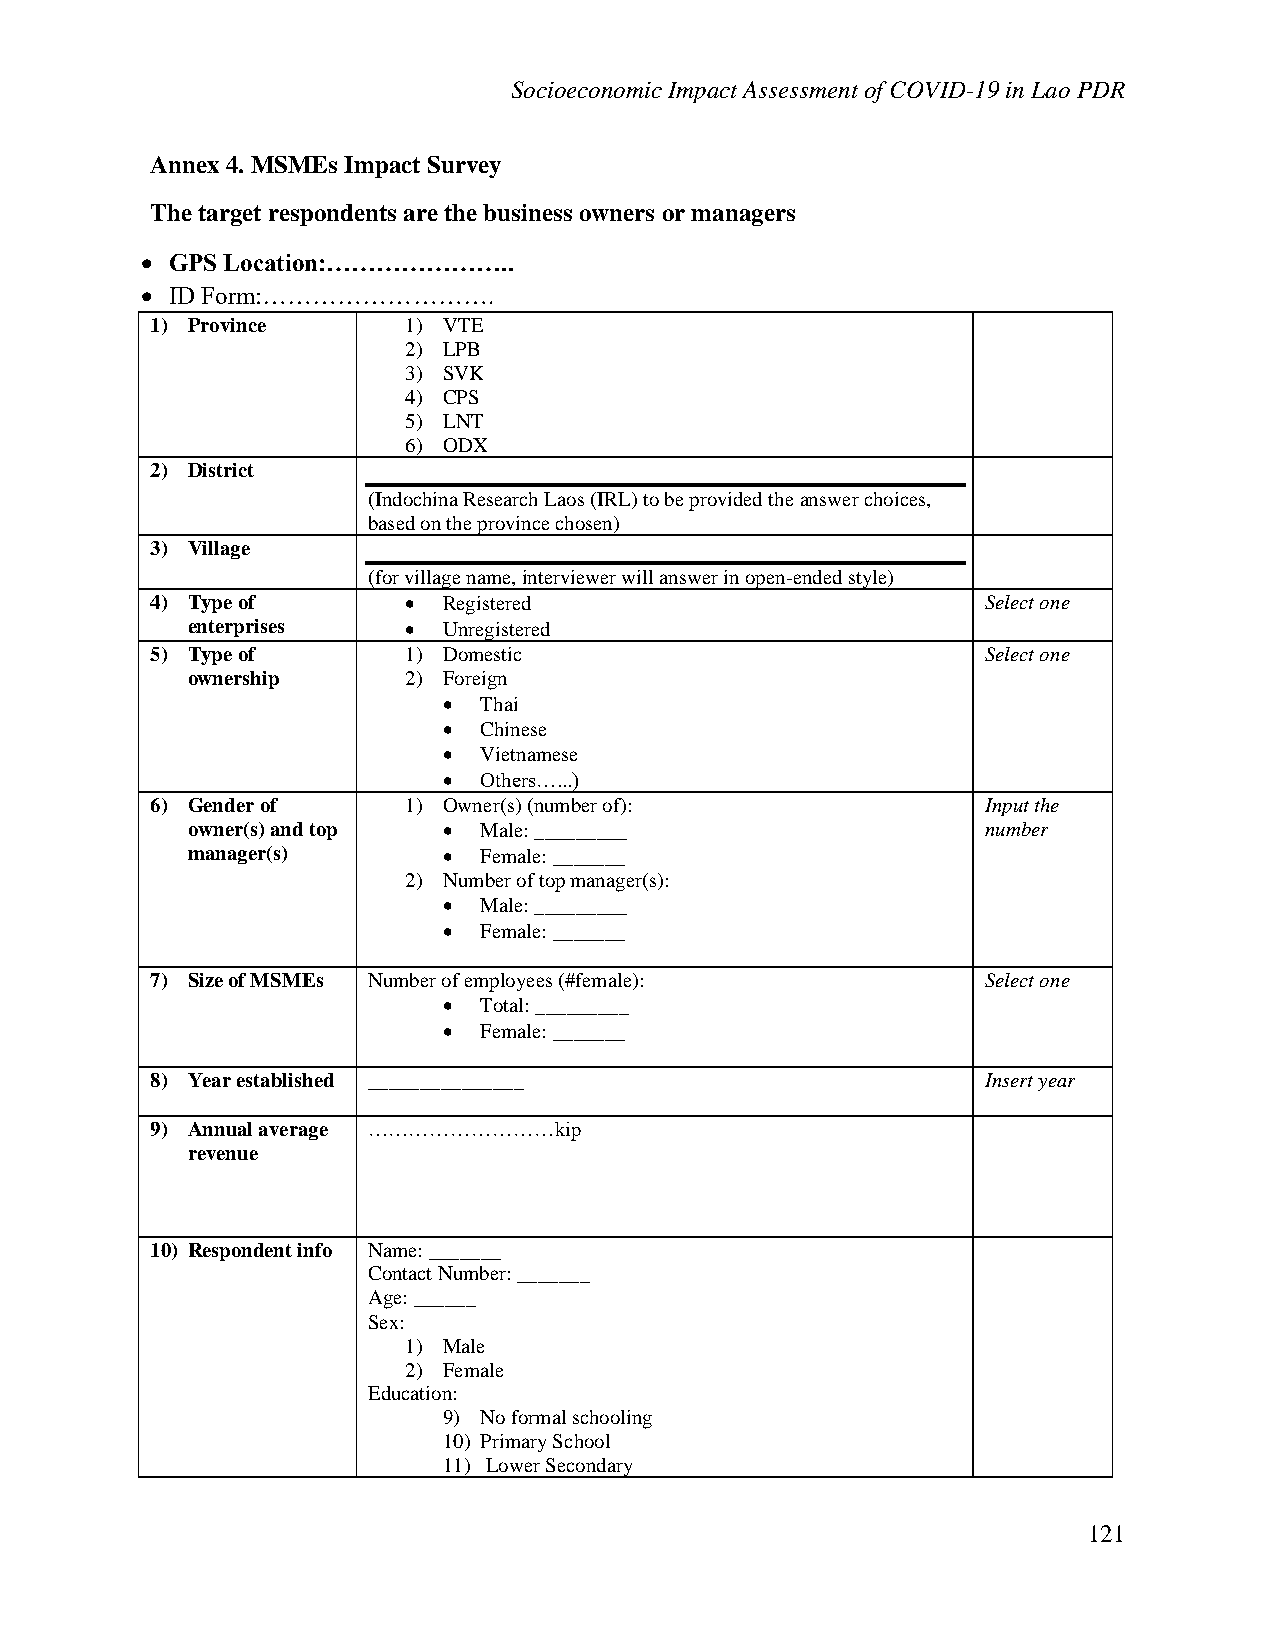
Socioeconomic Impact Assessment of COVID-19 in Lao PDR
 Annex 4. MSMEs Impact Survey
 The target respondents are the business owners or managers
 • GPS Location:…………………..
 • ID Form:……………………….
 1) Province      1) VTE
 2) LPB
 3) SVK
 4) CPS
 5) LNT
 6) ODX
 2) District
 (Indochina Research Laos (IRL) to be provided the answer choices,
 based on the province chosen)
 3) Village
 (for village name, interviewer will answer in open-ended style)
 4) Type of       • Registered                          Select one
 enterprises    • Unregistered
 5) Type of       1) Domestic                           Select one
 ownership      2) Foreign
 •  Thai
 •  Chinese
 •  Vietnamese
 •  Others…...)
 6) Gender of     1) Owner(s) (number of):              Input the
 owner(s) and top •  Male: _________                  number
 manager(s)       •  Female: _______
 2) Number of top manager(s):
 •  Male: _________
 •  Female: _______
 7) Size of MSMEs Number of employees (#female):        Select one
 •  Total: _________
 •  Female: _______
 8) Year established _______________                    Insert year
 9) Annual average ………………………kip
 revenue
 10) Respondent info Name: _______
 Contact Number: _______
 Age: ______
 Sex:
 1) Male
 2) Female
 Education:
 9) No formal schooling
 10) Primary School
 11) Lower Secondary
 121